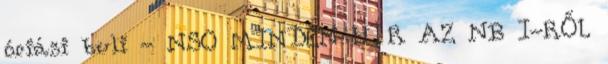
óriási buli - NSO MINDEN HÍR AZ NB I-RŐL